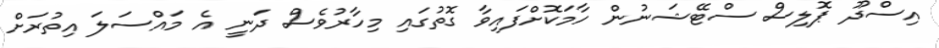
އިސްދޫ ޕޮލިސް ސްޓޭޝަނުން ހާމަކޮށްފައިވާ ގޮތުގައި މިހާރުވެސް ދަނީ އެ މައްސަލަ އިތުރަށް